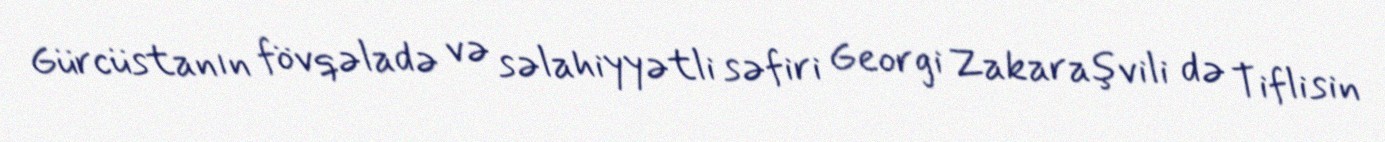
Gürcüstanın fövqəladə və səlahiyyətli səfiri Georgi Zakaraşvili də Tiflisin